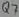
Text: Q7